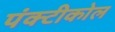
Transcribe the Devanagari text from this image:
पंक्टीकोल